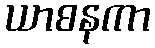
ယာစနကာ